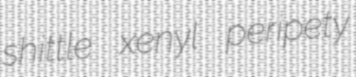
shittle xenyl peripety